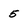
Character: 5